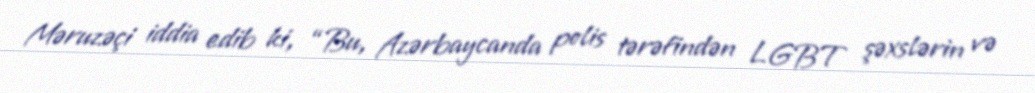
Məruzəçi iddia edib ki, “Bu, Azərbaycanda polis tərəfindən LGBT şəxslərin və